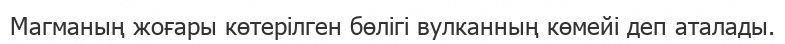
Магманың жоғары көтерілген бөлігі вулканның көмейі деп аталады.